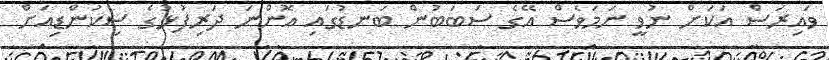
ވައިރަސް އަކަށް ނުވީ ނަމަވެސް އޭގެ ސަބަބުން ބަނޑުގައި އޮންނަ ދަރިފުޅުގެ ސިކުންޑިއަށް